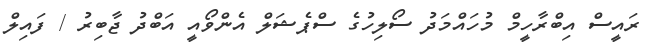
ރައީސް އިބްރާހީމް މުހައްމަދު ސޯލިހުގެ ސްޕެޝަލް އެންވޯއީ އަބްދު ޖާބިރު / ފައިލް